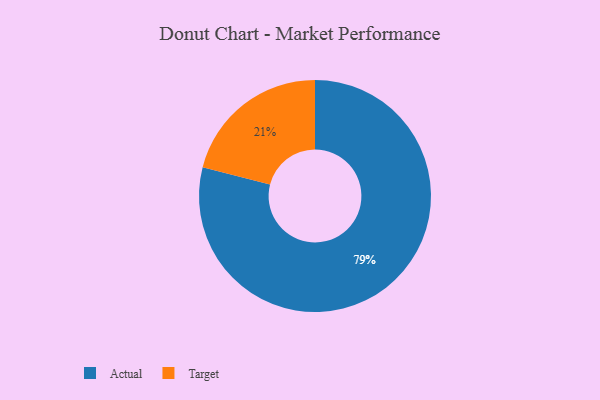
{"axis": {"x": "Category", "y": "Percentage"}, "legend": ["Actual", "Target"], "data": [{"x": "Target", "y": 21, "type": "Target"}, {"x": "Actual", "y": 79, "type": "Actual"}]}